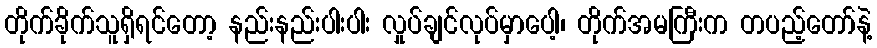
တိုက်ခိုက်သူရှိရင်တော့ နည်းနည်းပါးပါး လှုပ်ချင်လုပ်မှာပေါ့၊ တိုက်အမကြီးက တပည့်တော်နဲ့